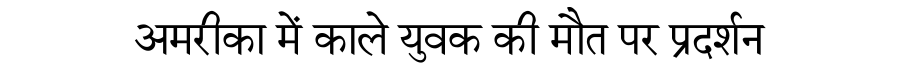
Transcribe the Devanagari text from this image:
अमरीका में काले युवक की मौत पर प्रदर्शन